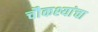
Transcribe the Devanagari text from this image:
चौकश्यांचा